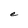
Character: e